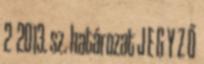
2 2013. sz. határozat J E G Y Z Ő